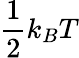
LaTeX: \frac{1}{2}k_{B}T